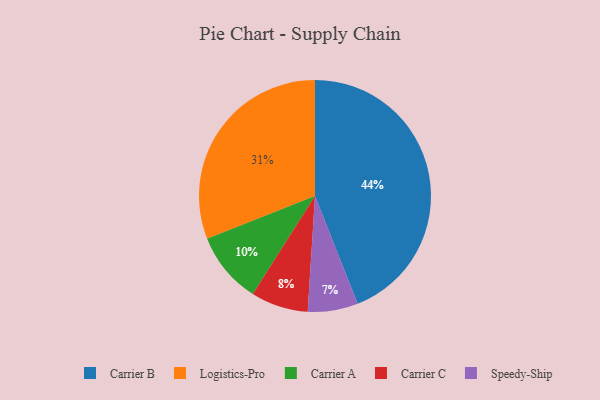
{"axis": {"x": "Category", "y": "Percentage"}, "legend": ["Carrier A", "Carrier B", "Carrier C", "Logistics-Pro", "Speedy-Ship"], "data": [{"x": "Carrier B", "y": 44, "type": "Carrier B"}, {"x": "Carrier A", "y": 10, "type": "Carrier A"}, {"x": "Speedy-Ship", "y": 7, "type": "Speedy-Ship"}, {"x": "Carrier C", "y": 8, "type": "Carrier C"}, {"x": "Logistics-Pro", "y": 31, "type": "Logistics-Pro"}]}